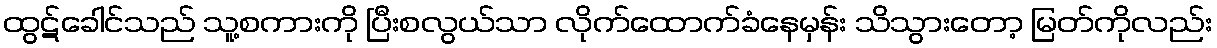
ထွဋ်ခေါင်သည် သူ့စကားကို ပြီးစလွယ်သာ လိုက်ထောက်ခံနေမှန်း သိသွားတော့ မြတ်ကိုလည်း